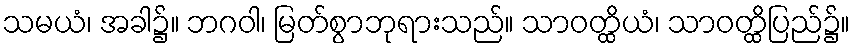
သမယံ၊ အခါ၌။ ဘဂဝါ၊ မြတ်စွာဘုရားသည်။ သာဝတ္ထိယံ၊ သာဝတ္ထိပြည်၌။